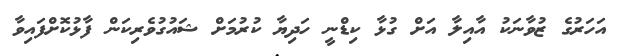
އަހަރުގެ ޒުވާނަކު އާއިލާ އަށް ގުޅާ ކިޑްނީ ހަދިޔާ ކުރުމަށް ޝައުގުވެރިކަން ފާޅުކޮށްފައިވާ